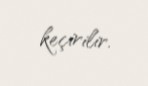
keçirilir.